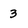
Character: 3